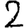
Digit: 2